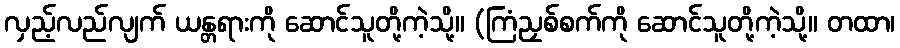
လှည့်လည်လျက် ယန္တရားကို ဆောင်သူတို့ကဲ့သို့။ (ကြံညှစ်စက်ကို ဆောင်သူတို့ကဲ့သို့။ တထာ၊